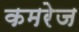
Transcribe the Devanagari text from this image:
कमरेज